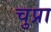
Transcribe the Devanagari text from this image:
चुप्रा